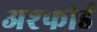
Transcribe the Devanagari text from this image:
अश्फोर्ड